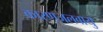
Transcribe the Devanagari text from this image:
कारणजलवायु